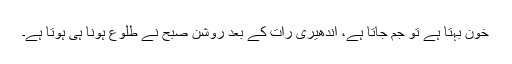
خون بہتا ہے تو جم جاتا ہے، اندھیری رات کے بعد روشن صبح نے طلوع ہونا ہی ہوتا ہے۔